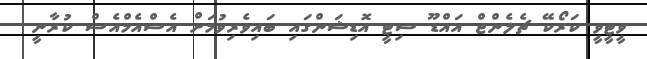
ވީޓީވީ ކަރޯކޭ ޗެލެންޖް އައްޑޫ ސިޓީ އޮޑިޝަންގައި ބައިވެރިވުމަށް އެސްއެމްއެސް ކުރާނީ